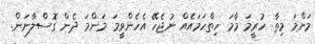
މަންމަ މިތާ ހުރީމަ މާމަ ހިތްހަމައެއް ނުޖެހޭ އެހެންވީމަ މަންމަ ދެން ގޮސްލާނަން.